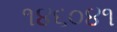
૧૪૬૦૪૧